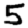
Digit: 5